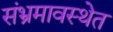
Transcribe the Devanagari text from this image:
संभ्रमावस्थेत